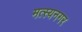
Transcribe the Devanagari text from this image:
मत्स्यनगर